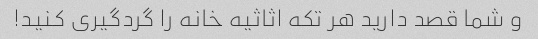
و شما قصد دارید هر تکه اثاثیه خانه را گردگیری کنید!